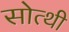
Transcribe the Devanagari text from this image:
सोत्थी